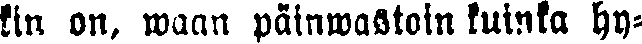
kin on, waan päinwastoin kuinka hy-